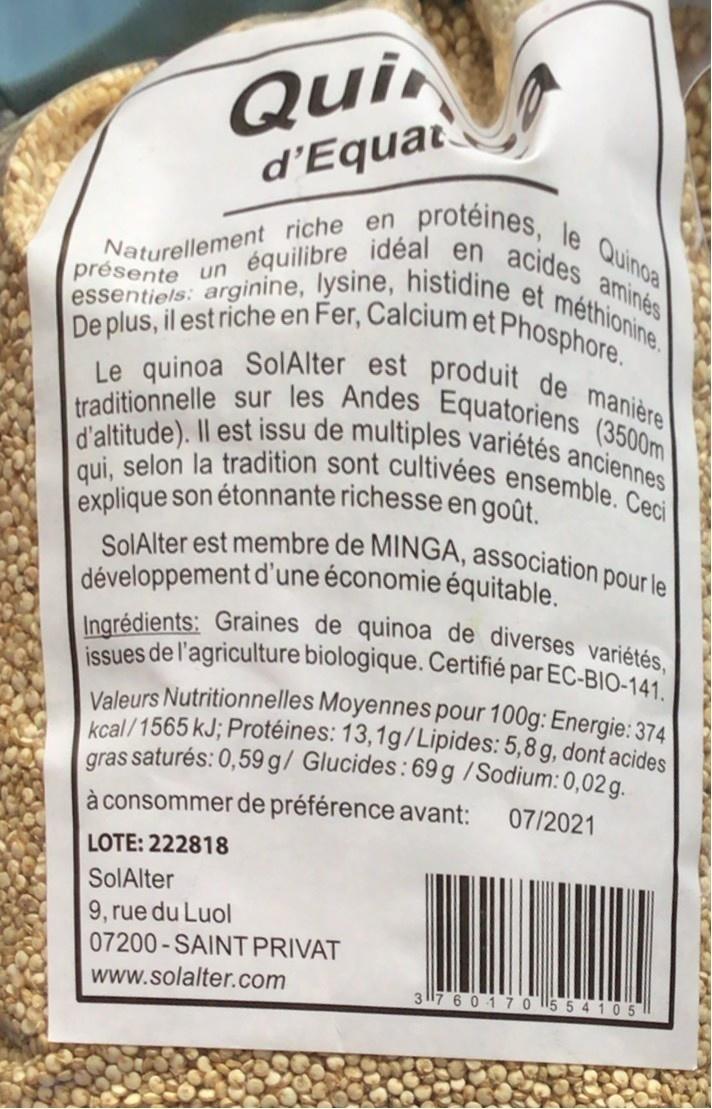
Qui d'Equat
protéines, le Quinoa
présente un équilibre idéal en acides aminés essentiels: arginine, lysine, histidine et méthionine. De plus, il est riche en Fer, Calcium et Phosphore. Le quinoa SolAlter est produit de manière traditionnelle sur les Andes Equatoriens (3500m d'altitude). Il est issu de multiples variétés anciennes qui, selon la tradition sont cultivées ensemble. Ceci
Naturellement riche en
explique son étonnante richesse en goût. SolAlter est membre de MINGA, association pour le développement d'une économie équitable. Ingrédients: Graines de quinoa de diverses variétés, issues de l'agriculture biologique. Certifié par EC-BIO-141. Valeurs Nutritionnelles Moyennes pour 100g: Energie: 374 kcal/1565 kJ; Protéines: 13,1g/Lipides: 5,8g, dont acides gras saturés: 0,59 g/ Glucides:69 g /Sodium: 0,02 a.
à consommer de préférence avant:
07/2021
LOTE: 222818
SolAlter
9, rue du Luol 07200 - SAINT PRIVAT
www.solalter.com
3117 6 01 70 5 5 4 105 1